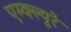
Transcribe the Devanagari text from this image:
एम्क्ल्यूरे